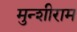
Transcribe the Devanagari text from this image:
मुन्शीराम